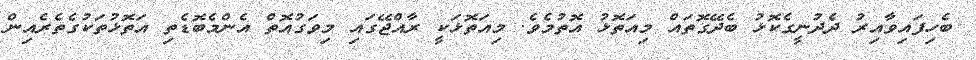
ބެހިފައިވާއިރު ދެދުނީގެކޮޅު ބެދޭގޮތައް މިއަތޮޅު އޮތުމެވެ. މިއަތޮޅަކީ ރާއްޖޭގައި މިވަގުއޮތް އެންމެބޮޑެތި އަތޮޅުތަކުގެތެރެއިން